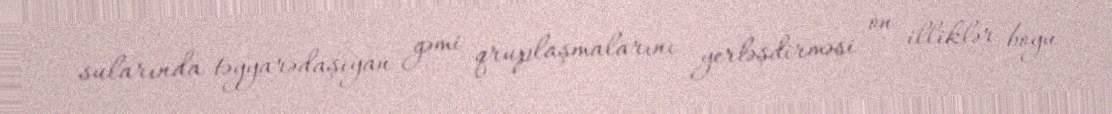
sularında təyyarədaşıyan gəmi qruplaşmalarını yerləşdirməsi on illiklər boyu